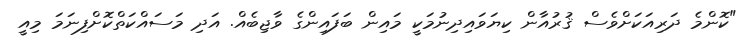
"ކޮންމެ ދަރިއަކަށްވެސް ޤުރުއާން ކިޔަވައިދިނުމަކީ މައިން ބަފައިންގެ ވާޖިބެއް. އަދި މަސައްކަތްކޮށްފިނަމަ މިއީ